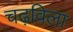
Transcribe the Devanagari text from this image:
चढ़विला